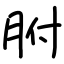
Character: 胕